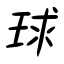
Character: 球